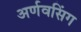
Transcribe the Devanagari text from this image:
अर्णवसिंग